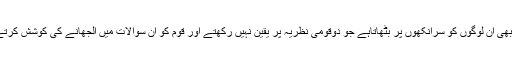
افسوس ناک امر یہ ہے کہ ہمارے ہاں مقتدرطبقہ بھی ان لوگوں کو سرآنکھوں پر بٹھاتاہے جو دوقومی نظریہ پر یقین نہیں رکھتے اور قوم کو ان سوالات میں الجھانے کی کوشش کرتے رہتے ہیں کہ دوقومی نظریہ درست تھا یا غلط؟